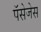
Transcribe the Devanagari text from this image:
पॅसेजेस